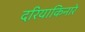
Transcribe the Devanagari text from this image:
दरियाकिनारे